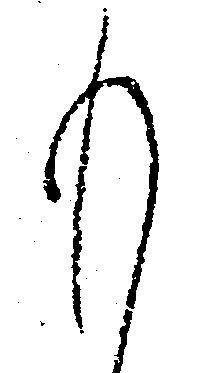
も